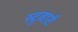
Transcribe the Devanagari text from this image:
स्टुवार्ट